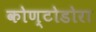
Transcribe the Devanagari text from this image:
कोण्टोडोरा